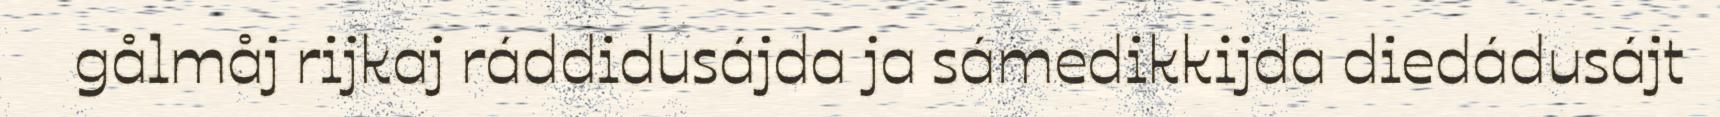
gålmåj rijkaj ráddidusájda ja sámedikkijda diedádusájt